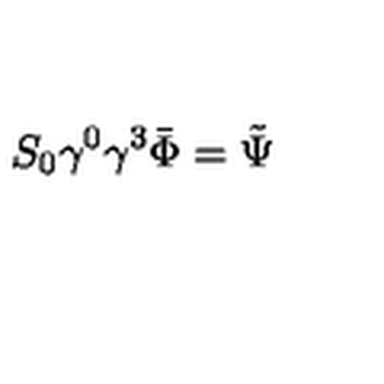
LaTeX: S _ { 0 } \gamma ^ { 0 } \gamma ^ { 3 } \bar { \Phi } = \tilde { \Psi }